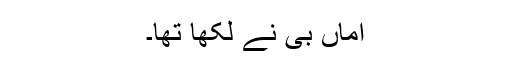
اماں بی نے لکھا تھا۔